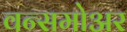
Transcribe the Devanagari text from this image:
वन्समोअर